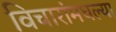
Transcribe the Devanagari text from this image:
विचारांमधल्या